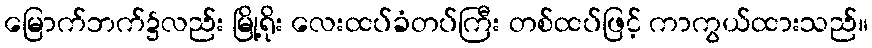
မြောက်ဘက်၌လည်း မြို့ရိုး လေးထပ်ခံတပ်ကြီး တစ်ထပ်ဖြင့် ကာကွယ်ထားသည်။